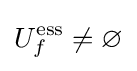
U_{f}^{\operatorname {ess} }\neq \varnothing